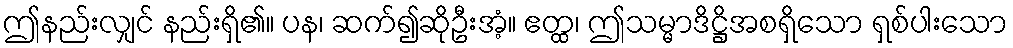
ဤနည်းလျှင် နည်းရှိ၏။ ပန၊ ဆက်၍ဆိုဦးအံ့။ ဧတ္ထ၊ ဤသမ္မာဒိဋ္ဌိအစရှိသော ရှစ်ပါးသော